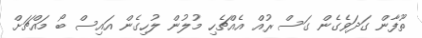
ތޫފާން ގަދަވެގެން ގަސް ރުއް އެއްޗެހި މުލުން ލުހިގެން އައިސް ބޯ މައްޗަށް